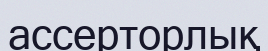
ассерторлық